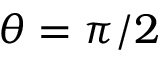
\theta = \pi / 2